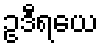
ဥဒီရယေ